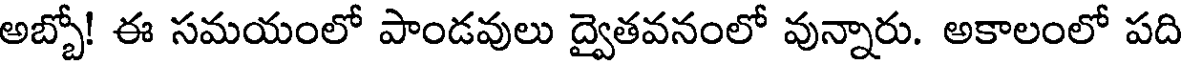
అబ్బో! ఈ సమయంలో పాండవులు ద్వైతవనంలో వున్నారు. అకాలంలో పది